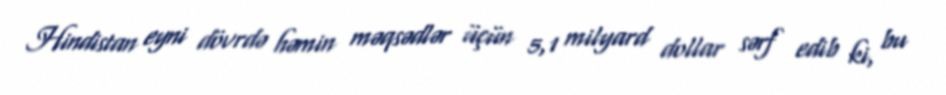
Hindistan eyni dövrdə həmin məqsədlər üçün 5,1 milyard dollar sərf edib ki, bu